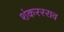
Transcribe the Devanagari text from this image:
शंकररराव